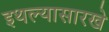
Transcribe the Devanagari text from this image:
इथल्यासारखे